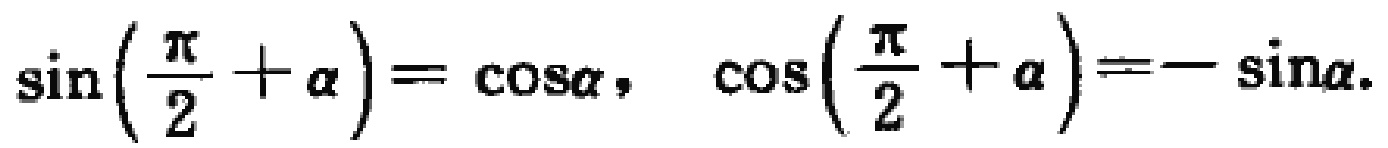
\(\sin\left(\frac{\pi}{2}+\alpha\right)=\cos\alpha,\ \cos\left(\frac{\pi}{2}+\alpha\right)=-\sin\alpha.\)